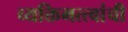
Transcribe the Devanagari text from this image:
व्यक्तिमत्त्वांची